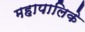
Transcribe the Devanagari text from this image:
महापालिके